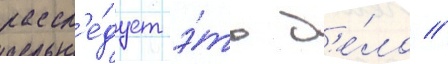
рассл'е́дует э́то д'е́ло //